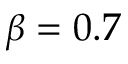
\beta = 0 . 7